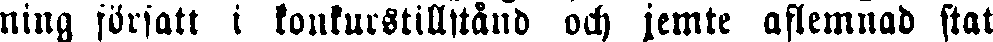
ning försatt i konkurstilstånd och jemte aflemnad stat